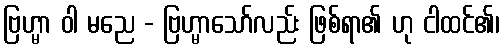
ဗြဟ္မာ ဝါ မညေ - ဗြဟ္မာသော်လည်း ဖြစ်ရာ၏ ဟု ငါထင်၏၊